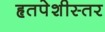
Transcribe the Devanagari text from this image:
हृतपेशीस्तर